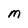
Character: M